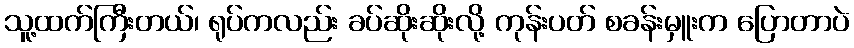
သူ့ထက်ကြီးတယ်၊ ရုပ်ကလည်း ခပ်ဆိုးဆိုးလို့ ကုန်းပတ် စခန်းမှူးက ပြောတာပဲ